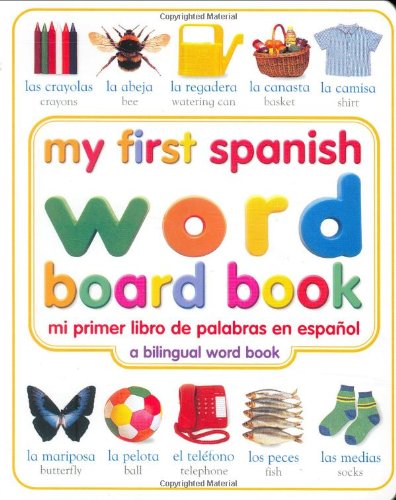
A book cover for My First Spanish Word Board Book/Mi Primer Libro de Palabras en Espanol (My First series); DK; Children's Books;